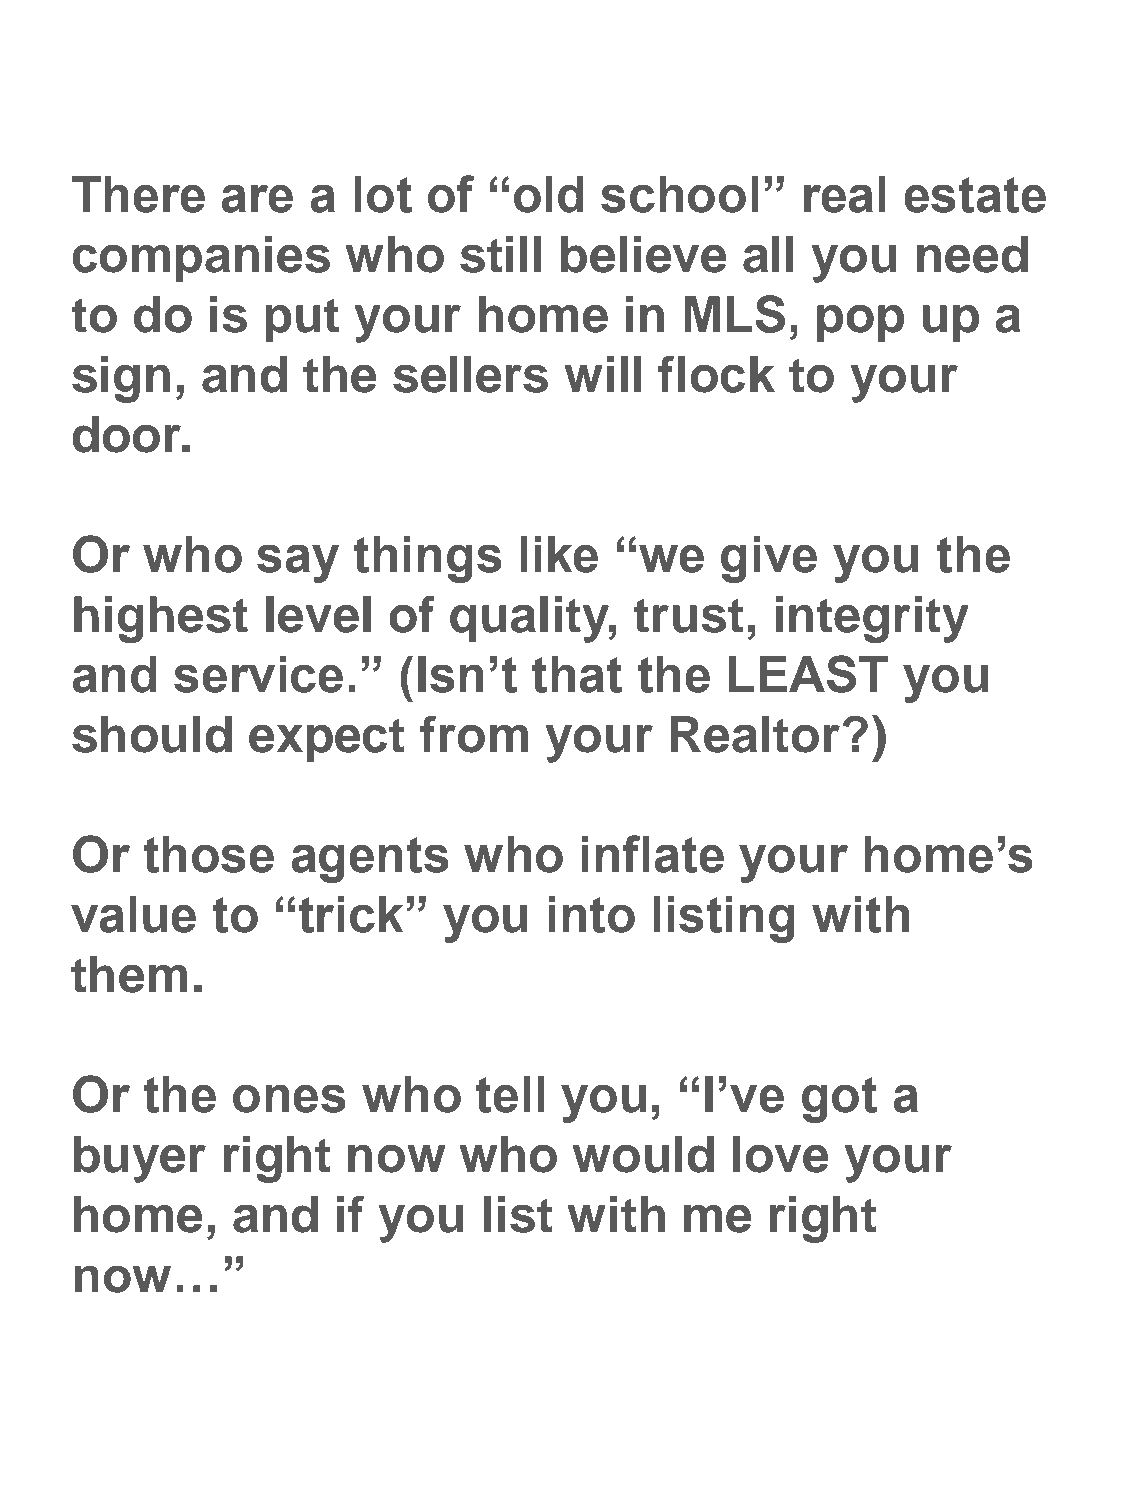
There     are   a lot  of  “old    school”      real   estate
 companies         who    still  believe     all  you    need
 to  do   is put   your     home     in  MLS,     pop    up   a
 sign,   and    the   sellers    will   flock   to  your
 door.
 Or   who    say   things     like   “we    give   you    the
 highest     level    of  quality,    trust,   integrity
 and    service.”     (Isn’t   that   the   LEAST       you
 should     expect      from    your    Realtor?)
 Or   those    agents      who    inflate    your    home’s
 value    to  “trick”    you    into   listing    with
 them.
 Or   the  ones     who     tell you,    “I’ve   got   a
 buyer     right   now    who     would     love    your
 home,     and    if you    list  with   me    right
 now…”